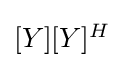
{\textstyle [Y][Y]^{H}}